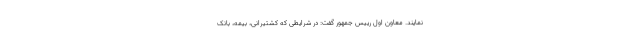
نمایند. معاون اول رییس جمهور گفت: در شرایطی که کشتیرانی، بیمه،‌ بانک